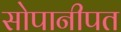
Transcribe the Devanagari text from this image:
सोपानीपत